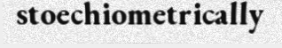
stoechiometrically